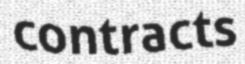
contracts